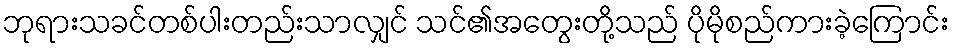
ဘုရားသခင်တစ်ပါးတည်းသာလျှင် သင်၏အတွေးတို့သည် ပိုမိုစည်ကားခဲ့ကြောင်း